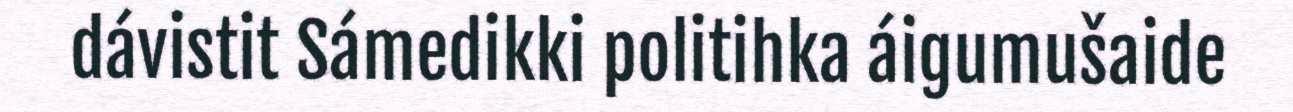
dávistit Sámedikki politihka áigumušaide